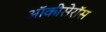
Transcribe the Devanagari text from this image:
ऑकीसेरॉस